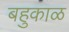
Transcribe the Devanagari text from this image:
बहुकाळ